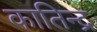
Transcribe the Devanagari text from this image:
कातिन्द्र